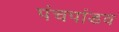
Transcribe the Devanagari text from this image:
पंचपांडव